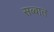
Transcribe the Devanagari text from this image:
सब्बात